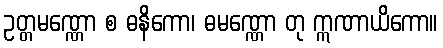
ဥတ္တမဏ္ဏော စ ဓနိကော၊ ဓမဏ္ဏော တု ဣဏာယိကော။